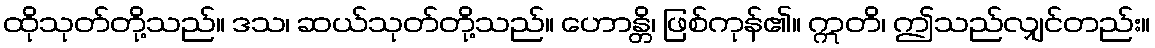
ထိုသုတ်တို့သည်။ ဒသ၊ ဆယ်သုတ်တို့သည်။ ဟောန္တိ၊ ဖြစ်ကုန်၏။ ဣတိ၊ ဤသည်လျှင်တည်း။